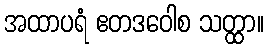
အထာပရံ ဧတဒဝေါစ သတ္ထာ။